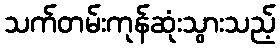
သက်တမ်းကုန်ဆုံးသွားသည့်